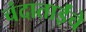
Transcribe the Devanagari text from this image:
चंदाताईंचे